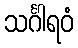
သင်္ဂါရဝံ